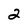
Character: 2